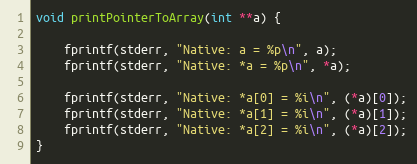
Language: C
void printPointerToArray(int **a) {

    fprintf(stderr, "Native: a = %p\n", a);
    fprintf(stderr, "Native: *a = %p\n", *a);

    fprintf(stderr, "Native: *a[0] = %i\n", (*a)[0]);
    fprintf(stderr, "Native: *a[1] = %i\n", (*a)[1]);
    fprintf(stderr, "Native: *a[2] = %i\n", (*a)[2]);
}